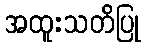
အထူးသတိပြု